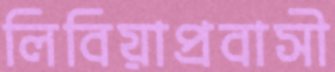
লিবিয়াপ্রবাসী